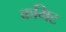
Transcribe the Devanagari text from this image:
कमिट